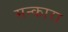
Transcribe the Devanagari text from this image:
मन्कारा